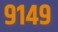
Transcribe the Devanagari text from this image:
९१४९